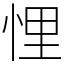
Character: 悝